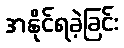
အနိုင်ရခဲ့ခြင်း